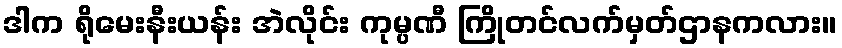
ဒါက ရိုမေးနီးယန်း အဲလိုင်း ကုမ္ပဏီ ကြိုတင်လက်မှတ်ဌာနကလား။